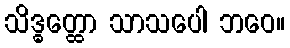
သိဒ္ဓတ္ထော သာသပေါ ဘဝေ။